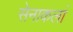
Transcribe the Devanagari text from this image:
सेनाकलां